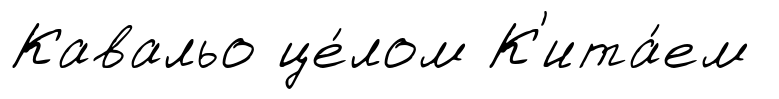
Кавальо це́лом К'ита́ем